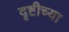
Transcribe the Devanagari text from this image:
दृष्टीच्या